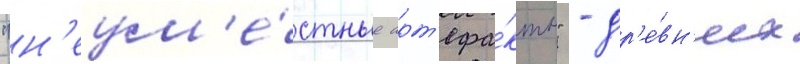
"н'еум'е́стные арт'ефа́кты" - др'е́вн'их